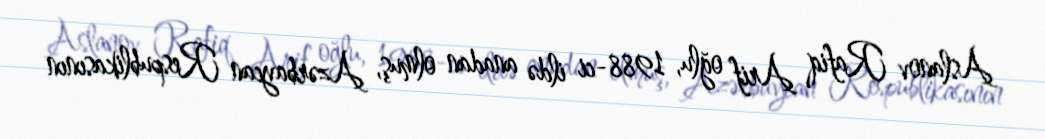
Aslanov Rafiq Arif oğlu, 1988-ci ildə anadan olmuş, Azərbaycan Respublikasının